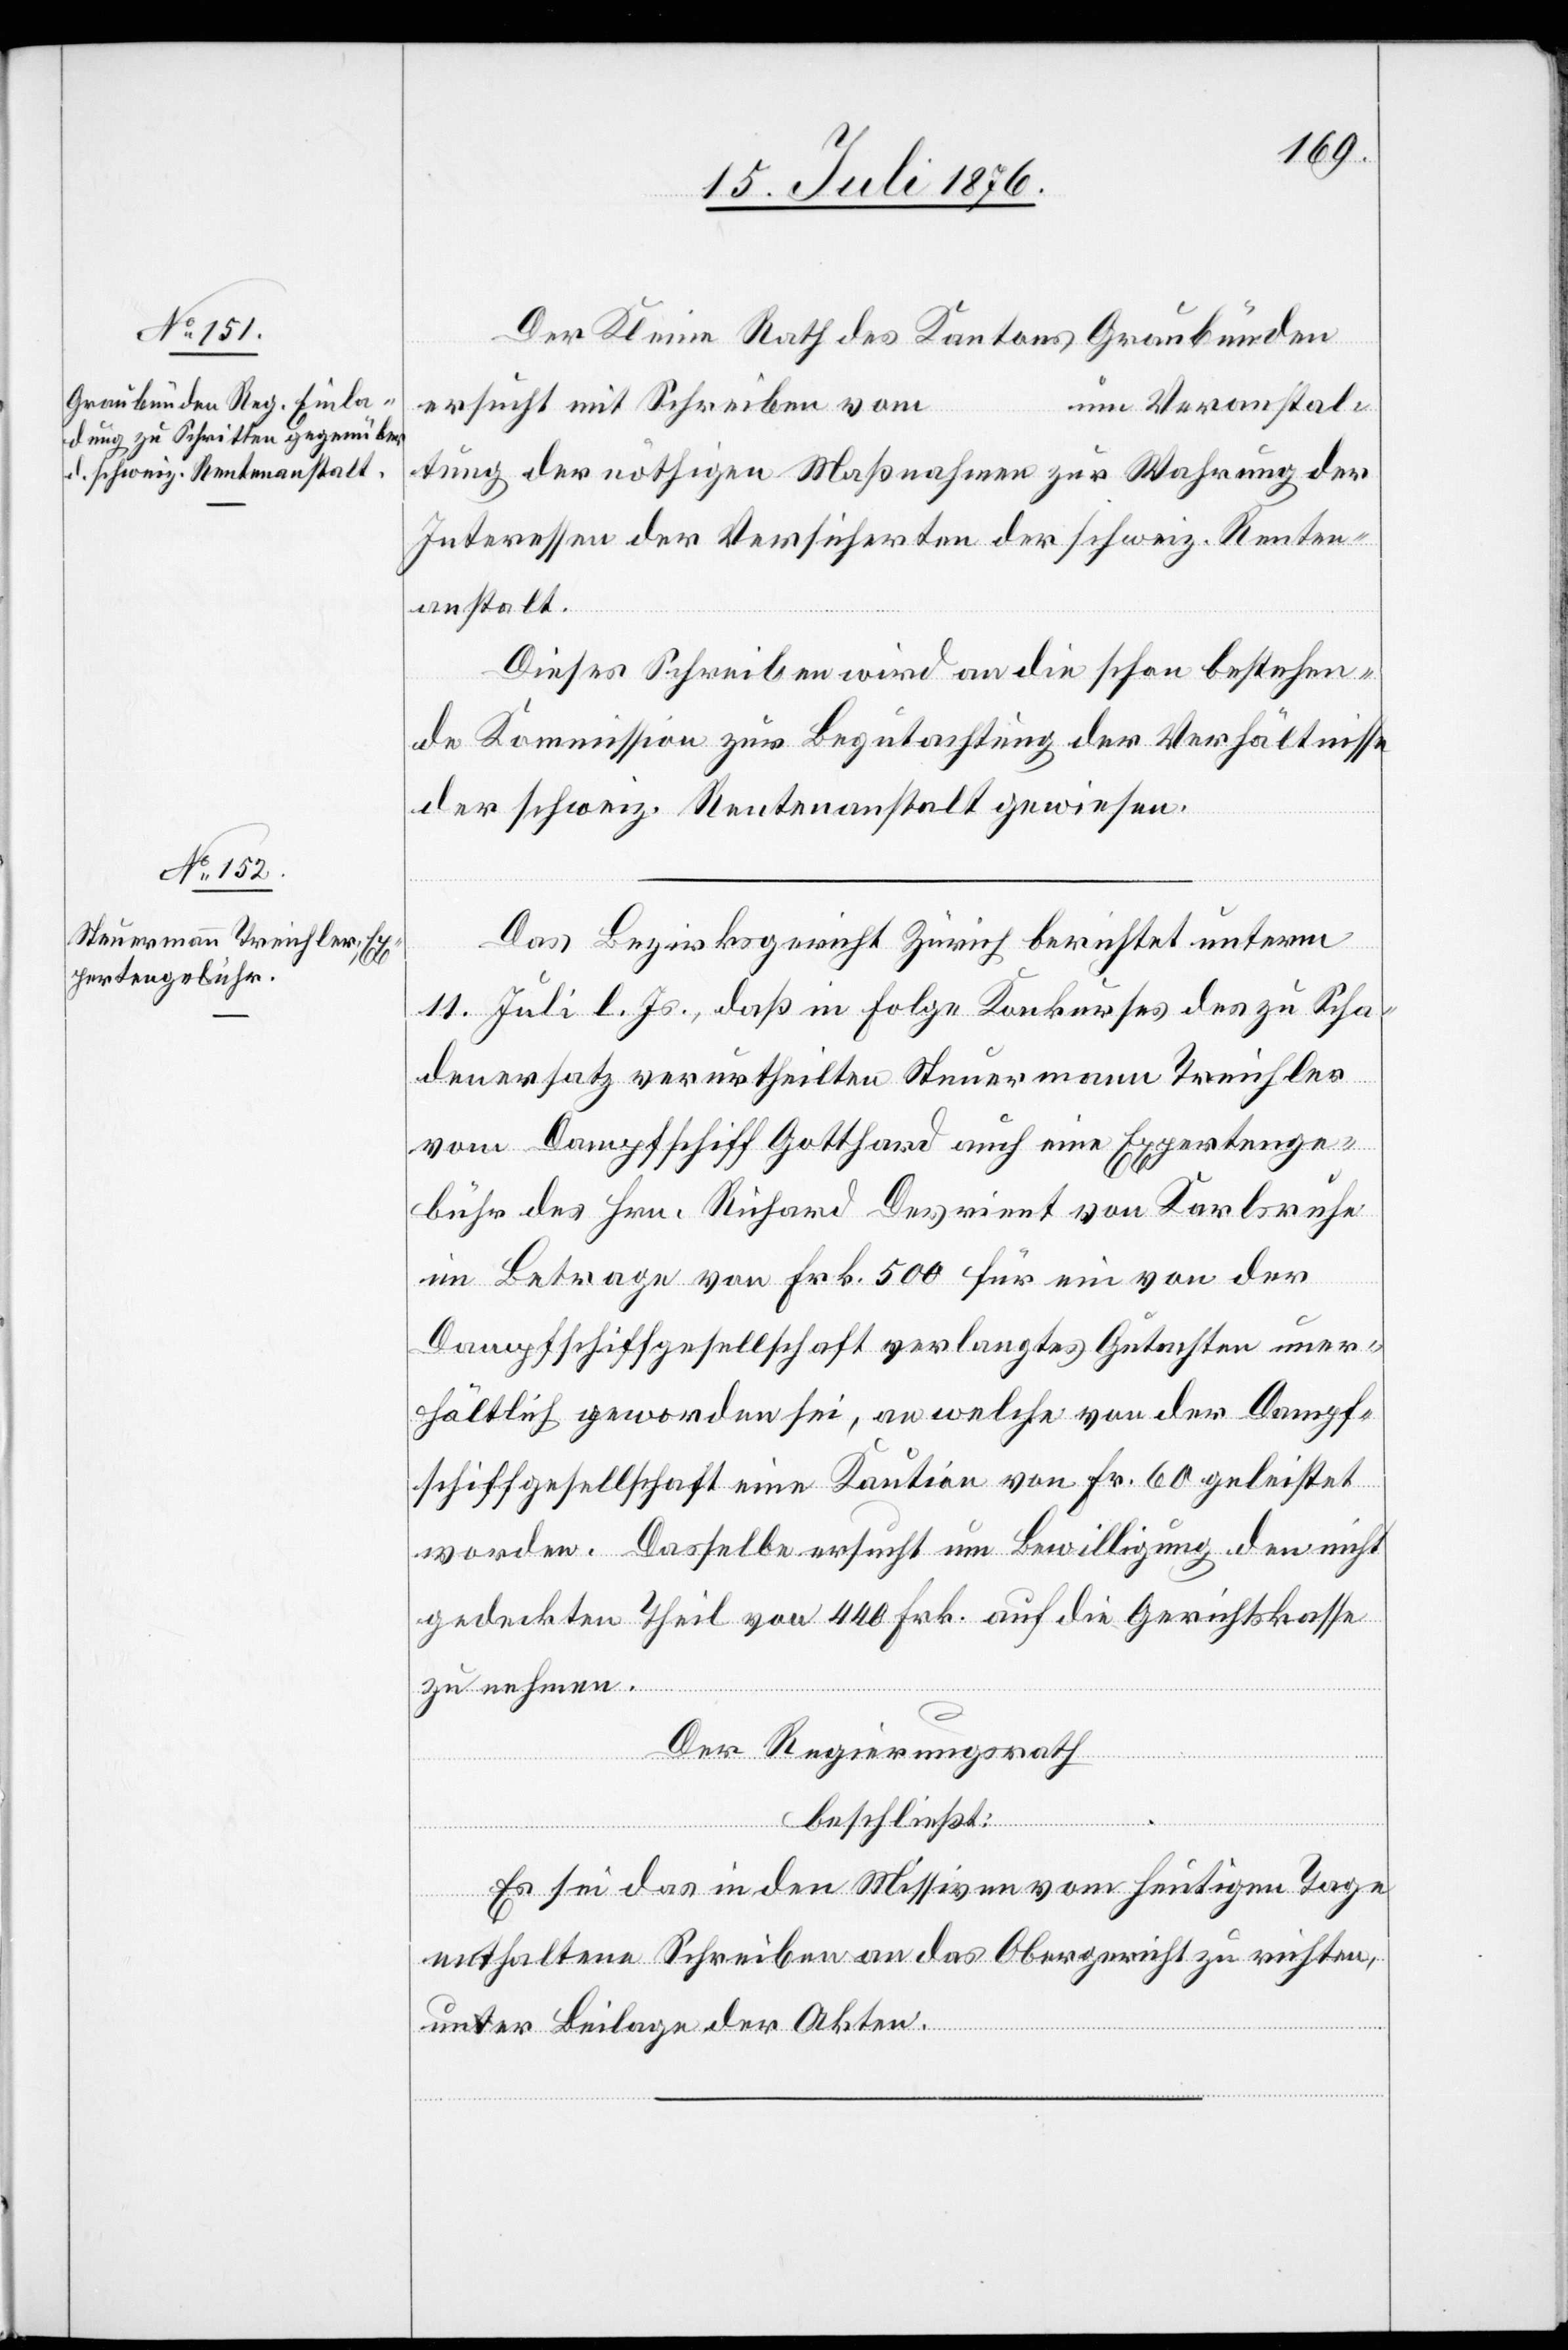
Der Kleine Rath des Kantons Graubünden
ersucht mit Schreiben vom
um Veranstal¬
tung der nöthigen Maßnahmen zur Wahrung der
Interessen der Versicherten der schweiz. Renten¬
anstalt.
Dieses Schreiben wird an die schon bestehen¬
de Kommission zur Begutachtung der Verhältnisse
der schweiz. Rentenanstalt gewiesen.
Das Bezirksgericht Zürich berichtet unterm
11. Juli l. Js., daß in Folge Konkurses des zu Scha¬
denersatz verurtheilten Steuermann Treichler
vom Dampfschiff Gotthard auch eine Expertenge¬
bühr des Hrn. Richard Devrient von Karlsruhe
im Betrage von Frk. 500 für ein von der
Dampfschiffgesellschaft verlangtes Gutachten uner¬
hältlich geworden sei, an welche von der Dampf¬
schiffgesellschaft eine Kaution von Fr. 60 geleistet
worden. Dasselbe ersucht um Bewilligung den nicht
gedeckten Theil von 440 Frk. auf die Gerichtskasse
zu nehmen.
Der Regierungsrath
beschließt:
Es sei das in den Missiven vom heutigen Tage
enthaltene Schreiben an das Obergericht zu richten,
unter Beilage der Akten.